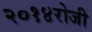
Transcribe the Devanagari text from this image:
२०१४रोजी